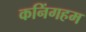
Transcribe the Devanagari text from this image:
कनिंगहम